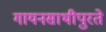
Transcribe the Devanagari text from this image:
गायनसाथीपुरते